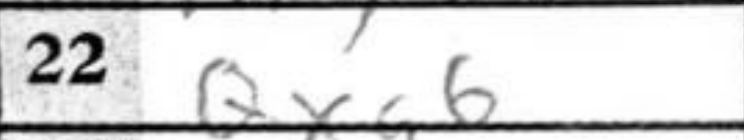
Transcription: Qxg6